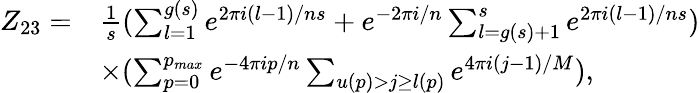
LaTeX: \begin{array}{ll}{{Z_{23}=}}&{{\frac{1}{s}(\sum_{l=1}^{g(s)}e^{2\pi i(l-1)/ns}+e^{-2\pi i/n}\sum_{l=g(s)+1}^{s}e^{2\pi i(l-1)/ns})}}\\ {{}}&{{\times(\sum_{p=0}^{p_{max}}e^{-4\pi ip/n}\sum_{u(p)>j\geq l(p)}e^{4\pi i(j-1)/M}),}}\end{array}